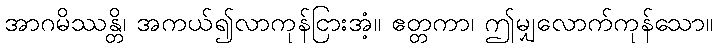
အာဂမိဿန္တိ၊ အကယ်၍လာကုန်ငြားအံ့။ ဧတ္တကာ၊ ဤမျှလောက်ကုန်သော။